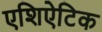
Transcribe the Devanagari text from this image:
एशिऐटिक